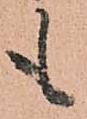
も